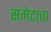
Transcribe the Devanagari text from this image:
समेटाचा